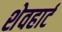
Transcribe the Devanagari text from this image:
शेवहार्ट